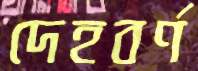
দেহবর্ণ